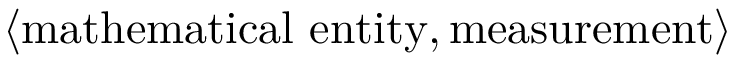
\langle \mathrm { m a t h e m a t i c a l ~ e n t i t y } , \mathrm { m e a s u r e m e n t } \rangle